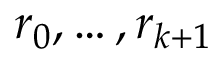
r _ { 0 } , \ldots , r _ { k + 1 }